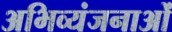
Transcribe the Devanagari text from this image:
अभिव्यंजनाओं